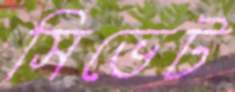
সিভেট